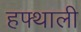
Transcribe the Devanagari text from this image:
हफ्थाली